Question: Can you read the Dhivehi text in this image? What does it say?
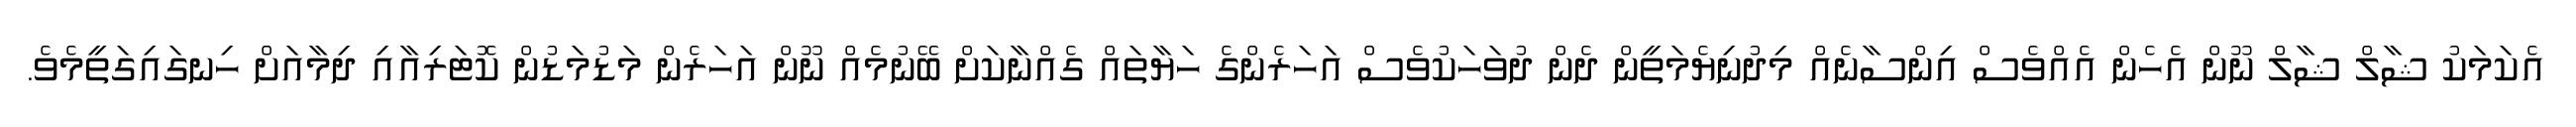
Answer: އެކަމަކު ޝާލް ޝާލް ނޫން އެހެން އެއްވެސް އިންސާނެއް މިދުނިޔެމަތީން ދެން ދުވަހަކުވެސް އަހަރެންގެ ހަޔާތައް ގެއްނާކަށް ބޭނުމެއް ނޫން އަހަރެން މަޑުމަޑުން ކޮޓަރިއާއި ދިމާއަށް ހިނގައިގަތީމެވެ.